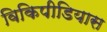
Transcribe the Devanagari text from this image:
विकिपीडियास